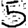
Digit: 5